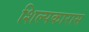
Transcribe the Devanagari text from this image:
शिल्पकारास